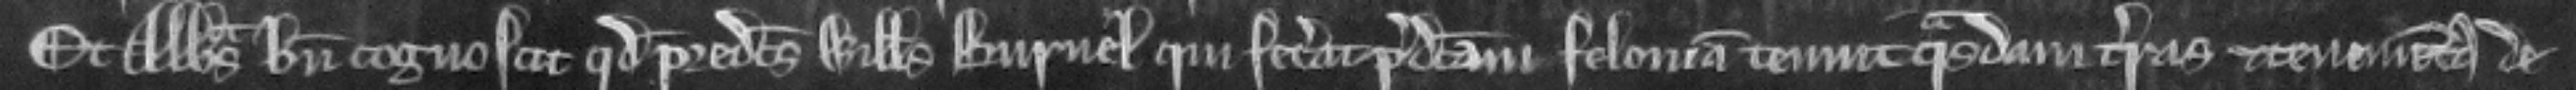
Et Abbas bene cognoscit quod predictus Willelmus Burnel qui fecerat predictam feloniam tenuit quasdam terras et tenementa de